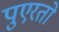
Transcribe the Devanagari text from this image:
पुएरतो